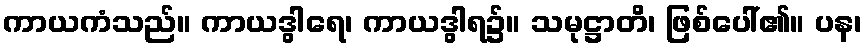
ကာယကံသည်။ ကာယဒွါရေ၊ ကာယဒွါရ၌။ သမုဋ္ဌာတိ၊ ဖြစ်ပေါ်၏။ ပန၊